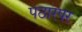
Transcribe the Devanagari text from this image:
पठारपर